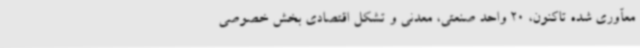
معآوری شده تاکنون، 20 واحد صنعتی، معدنی و تشکل اقتصادی بخش خصوصی